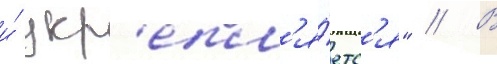
и́ укр'епл'я́етс'я" // В